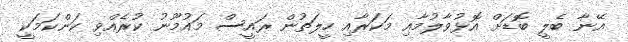
އޭނާ ބެލީ ބޮޑަށް އޮޅުވާލުމާއި މަކަރާއި ހީލަތުން ރައީސް މައުމޫނު ކުރެއްވި ކަންކަމަކީ